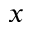
x